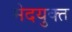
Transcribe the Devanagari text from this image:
मेदयुक्त